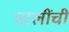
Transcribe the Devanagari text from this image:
चालींची